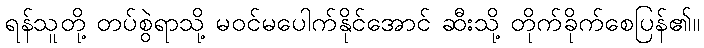
ရန်သူတို့ တပ်စွဲရာသို့ မဝင်မပေါက်နိုင်အောင် ဆီးသို့ တိုက်ခိုက်စေပြန်၏။